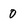
Character: 0